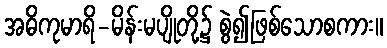
အဓိကုမာရိ-မိန်းမပျိုတို့၌ စွဲ၍ဖြစ်သောစကား။